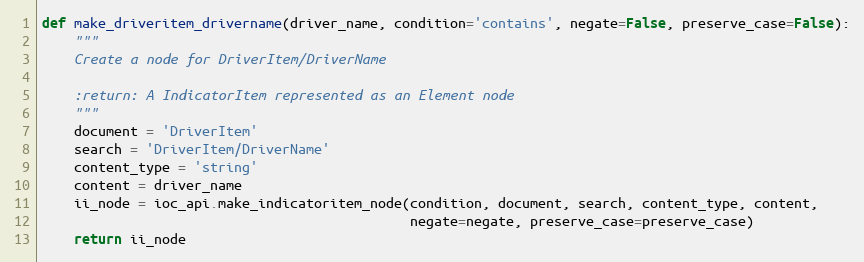
Language: Python
def make_driveritem_drivername(driver_name, condition='contains', negate=False, preserve_case=False):
    """
    Create a node for DriverItem/DriverName

    :return: A IndicatorItem represented as an Element node
    """
    document = 'DriverItem'
    search = 'DriverItem/DriverName'
    content_type = 'string'
    content = driver_name
    ii_node = ioc_api.make_indicatoritem_node(condition, document, search, content_type, content,
                                              negate=negate, preserve_case=preserve_case)
    return ii_node